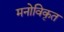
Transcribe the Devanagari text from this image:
मनोविकृत